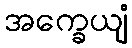
အက္ခေယျံ